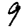
Digit: 9